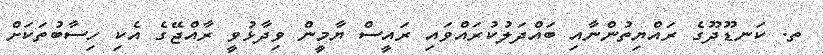
ތ. ކަނޑޫދޫގެ ރައްޔިތުންނާއި ބައްދަލުކުރައްވައި ރައީސް ޔާމީން ވިދާޅުވީ ރާއްޖޭގެ އެކި ހިސާބުތަކަށް